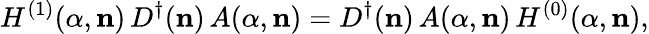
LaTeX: H^{(1)}({\alpha},{\mathbf n})\, D^{\dagger}({\mathbf n})\, A({\alpha},{\mathbf n})=D^{\dagger}({\mathbf n})\, A({\alpha},{\mathbf n})\, H^{(0)}({\alpha},{\mathbf n}),